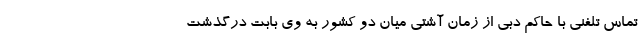
تماس تلفنی با حاکم دبی از زمان آشتی میان دو کشور به وی بابت درگذشت